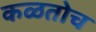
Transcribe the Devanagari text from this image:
कळतोच